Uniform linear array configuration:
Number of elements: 16
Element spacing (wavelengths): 1
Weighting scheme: hann
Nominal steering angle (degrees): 30
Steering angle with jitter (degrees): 28.221
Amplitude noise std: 0.05
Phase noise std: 0.05

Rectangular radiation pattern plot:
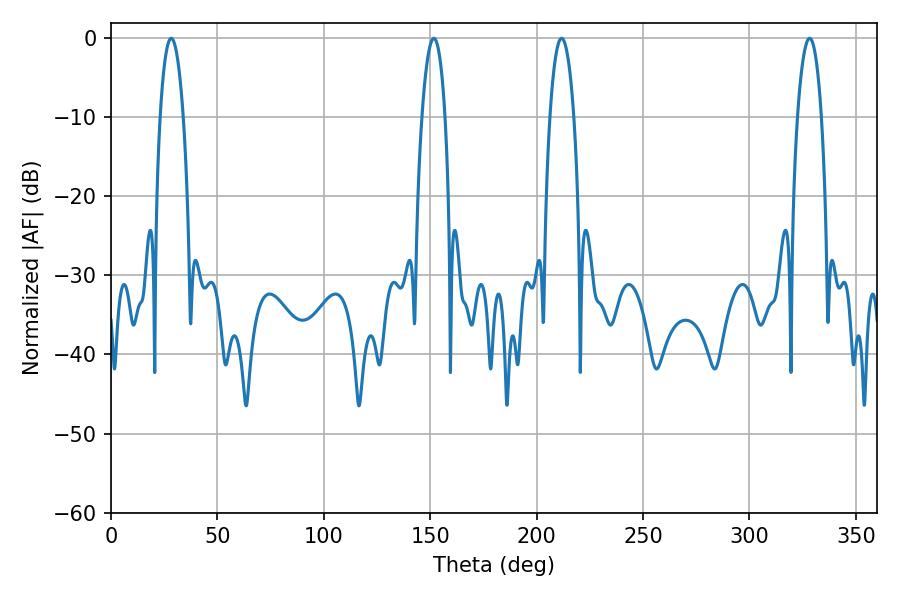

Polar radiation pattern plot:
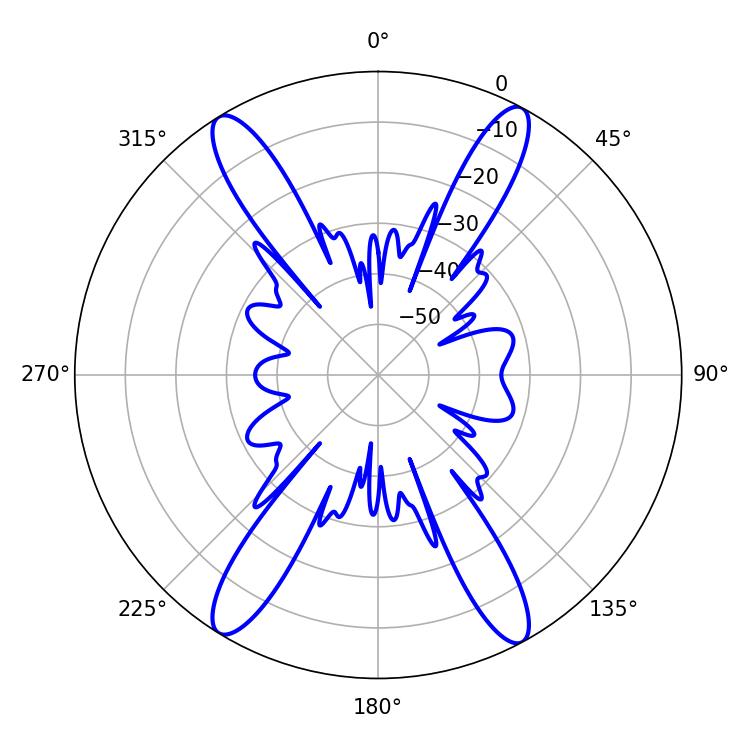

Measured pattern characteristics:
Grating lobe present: TRUE
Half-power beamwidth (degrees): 5.94
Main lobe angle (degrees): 28.26